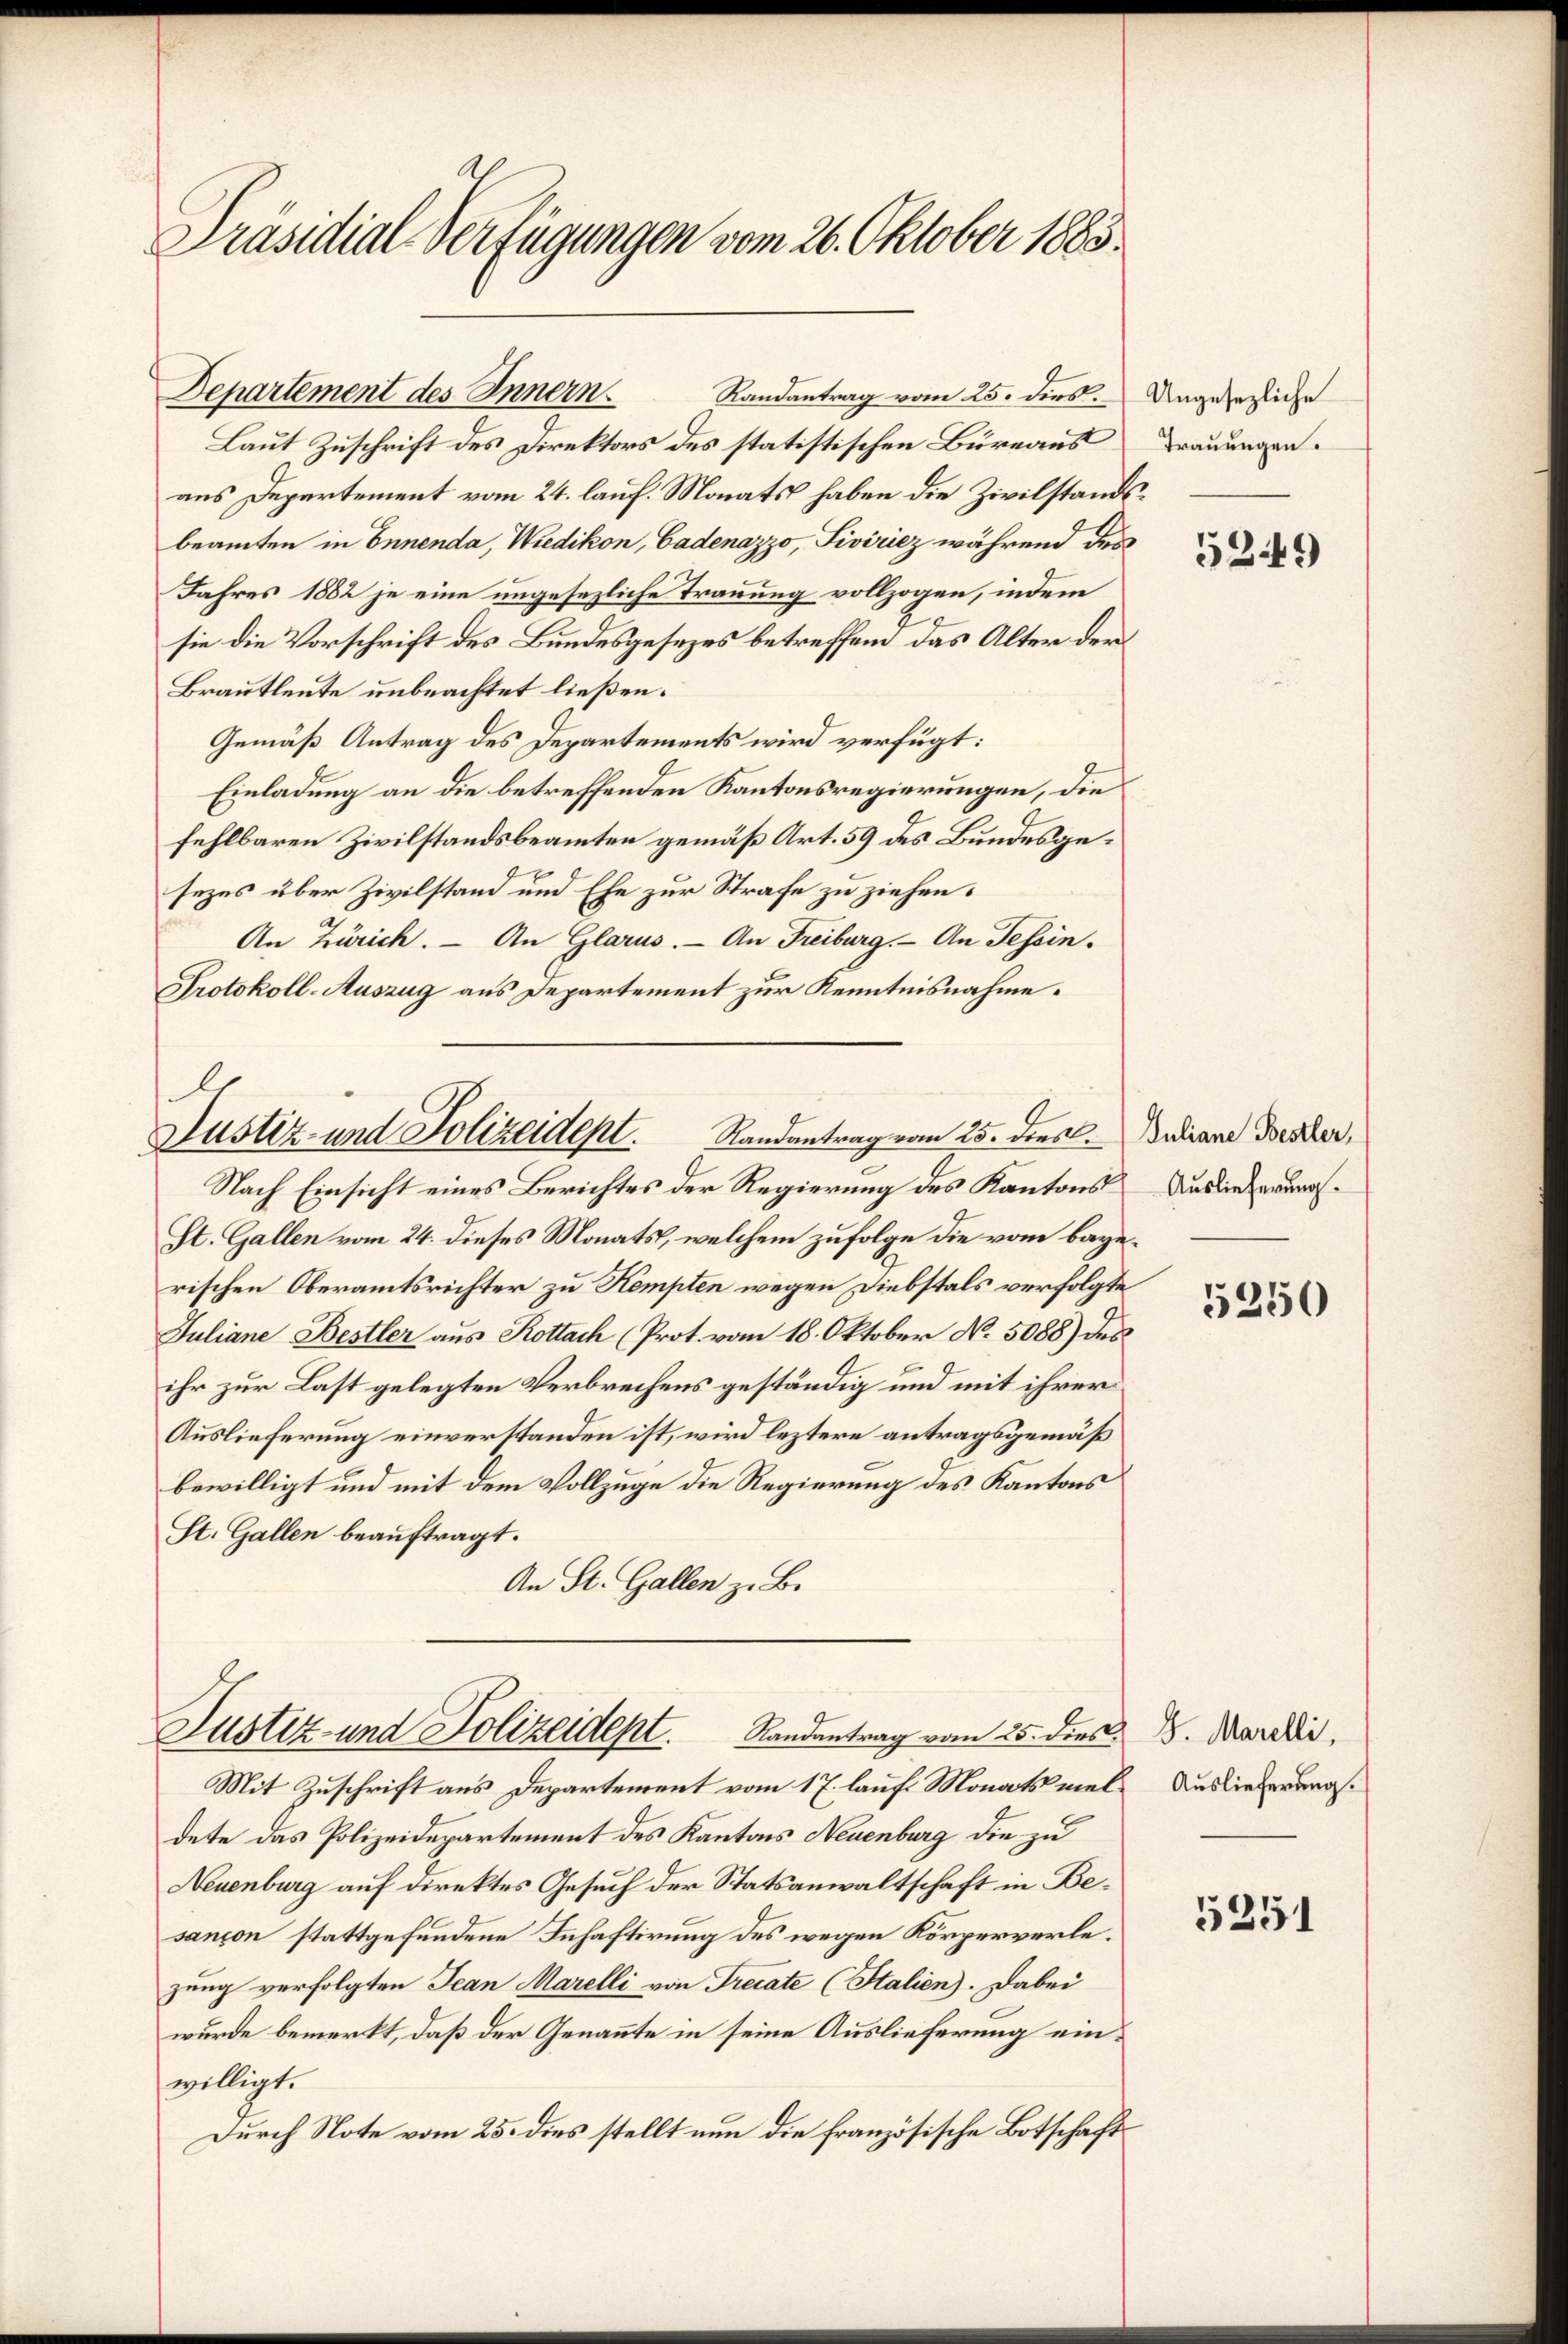
Präsidial-Verfügungen vom 26. Oktober 1883.

Departement des Innern.

Randantrag vom 25. dies.
Laut Zuschrift des Direktors des statistischen Büreaus
aus Departement vom 24. lauf. Monats haben die Zivilstandsbeamten in Ennenda, Wiedikon, Gadenazzo, Siviricz während des
Jahres 1882 je eine ungesezliche Trauung vollzogen, indem
sie die Vorschrift des Bundesgesezes betreffend das Alter der
Brautleute unbeachtet ließen.
Gemäß Antrag des Departements wird verfügt:
Einladung an die betreffenden Kantonsregierungen, die
fehlbaren Zivilstandsbeamten gemäß Art. 59 des Bundesgesezes über Zivilstand und Ehe zur Strafe zu ziehen.
An Zürich. — An Glarus. — An Freiburg. - An Tessin¬
Protokoll-Auszug aus Departement zur Kenntnisnahme.

St. Gallen vom 24. dieses Monats, welchem zufolge die vom bagerischen Oberamtsrichter zu Kempten wegen Diebstals verfolgte
Juliane Bestler aus Rottach (Prot. vom 18. Oktober N. 5088) des
ihr zur Last gelegten Verbrechens geständig und mit ihrer
Auslieferung einverstanden ist, wird leztere antragsgemäß
bewilligt und mit dem Vollzuge die Regierung des Kantons
St. Gallen beauftragt.
An St. Gallen z. B.

Justiz- und Polizeident. Randantrag vom 25. dies. Indiane erster,
Nach Einsicht eines Berichtes der Regierung des Kantons

Justiz- und Polizeident. Standentrag vom 25. dies. D. Marie,

Mit Zuschrift aus Departement vom 17. lauf Monats viel Auslieferungsdete das Polizeidepartement des Kantons Neuenburg die zu
Neuenburg auf direktes Gesuch der Statsanwaltschaft in Besançon stattgefundene Inhaftirung des wegen Körperverlezung verfolgten Jean Marelli von Trecate (Stalien). Dabei
wurde bemerkt, daß der Genannte in seine Auslieferung einwilligt.
Durch Note vom 25. dies stellt nun die französische Botschaft¬

Ungesezliche
Trauungen.

5249

Auslieferung.

5250

5251